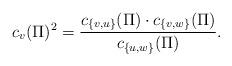
LaTeX: \begin{align*}c_v(\Pi) ^2 = \frac{c_{\{v,u\} } (\Pi) \cdot c_{\{v,w\}}(\Pi) }{c_{\{u,w\}}(\Pi) }.\end{align*}